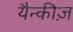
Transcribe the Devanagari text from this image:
यैन्कीज़